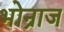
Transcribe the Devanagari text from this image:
भोन्राज